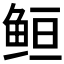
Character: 𱇥